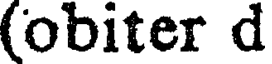
(obiter d